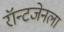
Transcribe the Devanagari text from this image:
रॉन्टजेनला